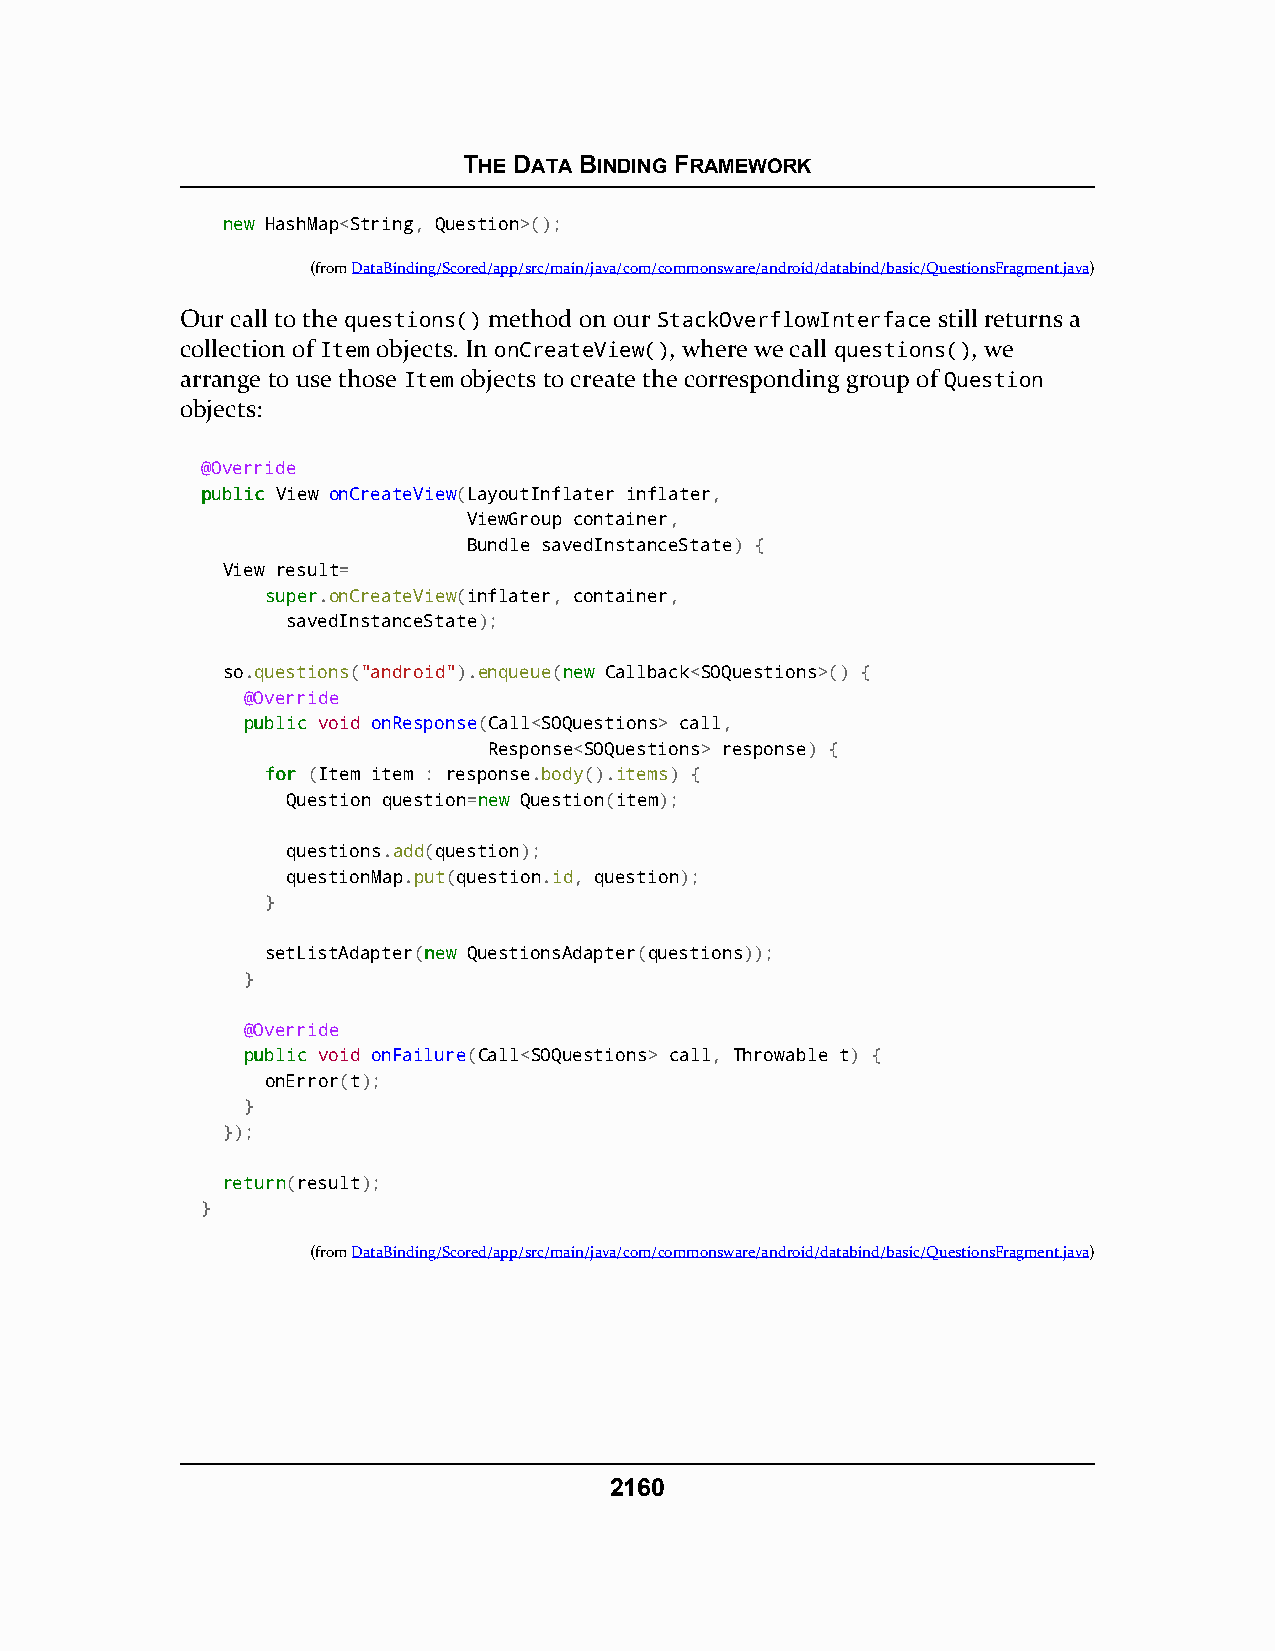
THE DATA BINDING FRAMEWORK
 nneeww HashMap<String, Question>();
 (fromDataBinding/Scored/app/src/main/java/com/commonsware/android/databind/basic/QuestionsFragment.java)
 Our call to the questions() method on our StackOverflowInterface still returns a
 collection of Item objects. In onCreateView(), where we call questions(), we
 arrange to use those Item objects to create the corresponding group of Question
 objects:
 @Override
 ppuubblliicc View onCreateView(LayoutInflater inflater,
 ViewGroup container,
 Bundle savedInstanceState) {
 View result=
 ssuuppeerr.onCreateView(inflater, container,
 savedInstanceState);
 so.questions("android").enqueue(nneeww Callback<SOQuestions>() {
 @Override
 ppuubblliicc void onResponse(Call<SOQuestions> call,
 Response<SOQuestions> response) {
 ffoorr (Item item : response.body().items) {
 Question question=nneeww Question(item);
 questions.add(question);
 questionMap.put(question.id, question);
 }
 setListAdapter(nneeww QuestionsAdapter(questions));
 }
 @Override
 ppuubblliicc void onFailure(Call<SOQuestions> call, Throwable t) {
 onError(t);
 }
 });
 rreettuurrnn(result);
 }
 (fromDataBinding/Scored/app/src/main/java/com/commonsware/android/databind/basic/QuestionsFragment.java)
 2160